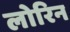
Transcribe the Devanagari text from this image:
लोरिन